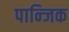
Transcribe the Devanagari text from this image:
पान्जिक